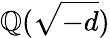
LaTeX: \mathbb{Q}({\sqrt{-d}})